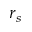
r _ { s }